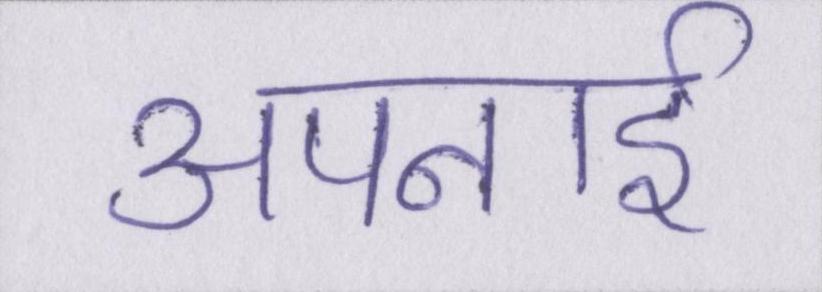
अपनाई